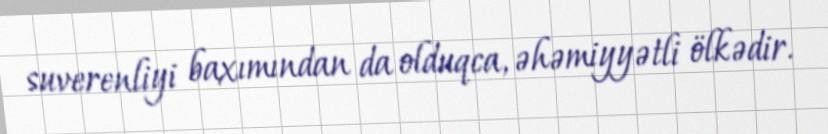
suverenliyi baxımından da olduqca, əhəmiyyətli ölkədir.